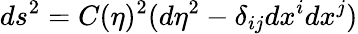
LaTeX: ds^{2}=C(\eta)^{2}(d\eta^{2}-\delta_{ij}dx^{i}dx^{j})